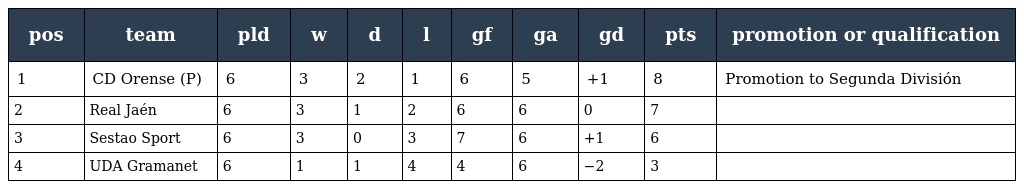
| pos | team | pld | w | d | l | gf | ga | gd | pts | promotion or qualification |
 | --- | --- | --- | --- | --- | --- | --- | --- | --- | --- | --- |
 | 1 | CD Orense (P) | 6 | 3 | 2 | 1 | 6 | 5 | +1 | 8 | Promotion to Segunda División |
 | 2 | Real Jaén | 6 | 3 | 1 | 2 | 6 | 6 | 0 | 7 |  |
 | 3 | Sestao Sport | 6 | 3 | 0 | 3 | 7 | 6 | +1 | 6 |  |
 | 4 | UDA Gramanet | 6 | 1 | 1 | 4 | 4 | 6 | −2 | 3 |  |